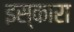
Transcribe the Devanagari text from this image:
इस्कारा